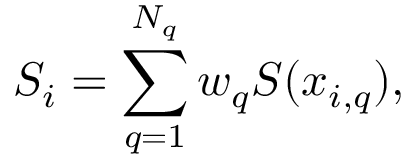
S _ { i } = \sum _ { q = 1 } ^ { N _ { q } } w _ { q } S ( x _ { i , q } ) ,